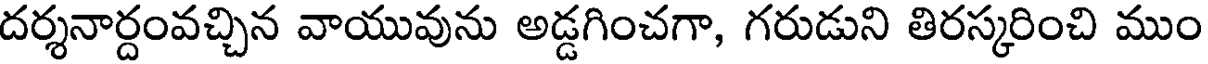
దర్శనార్దంవచ్చిన వాయువును అడ్డగించగా, గరుడుని తిరస్కరించి ముం